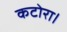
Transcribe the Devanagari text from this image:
कटोरा।